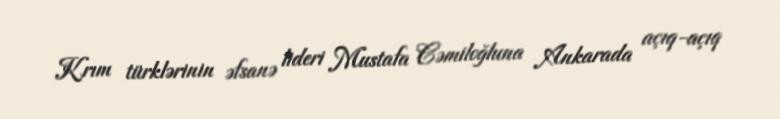
Krım türklərinin əfsanə lideri Mustafa Cəmiloğluna Ankarada açıq-açıq